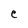
Character: C